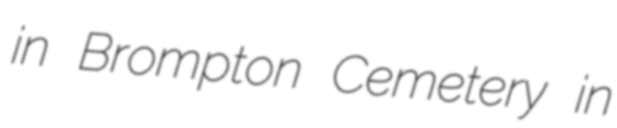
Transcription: in Brompton Cemetery in